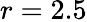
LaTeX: r=2.5